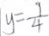
y = \frac { 7 } { 4 }